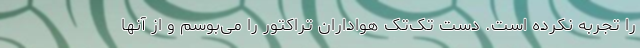
را تجربه نکرده است. دست تک‌تک هواداران تراکتور را می‌بوسم و از آنها